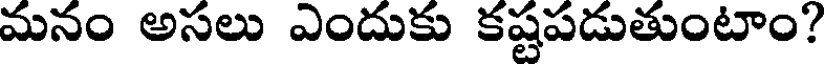
మనం అసలు ఎందుకు కష్టపడుతుంటాం?